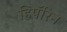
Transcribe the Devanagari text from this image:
हिपॅरिन